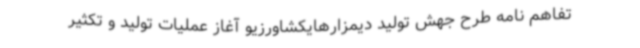
تفاهم نامه طرح جهش تولید دیمزارهایکشاورزیو آغاز عملیات تولید و تکثیر